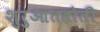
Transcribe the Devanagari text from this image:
शुरुआतहोती